Civil Veterinary Department Bengal reports 1933-51 - 1933-1951
Year: 1933
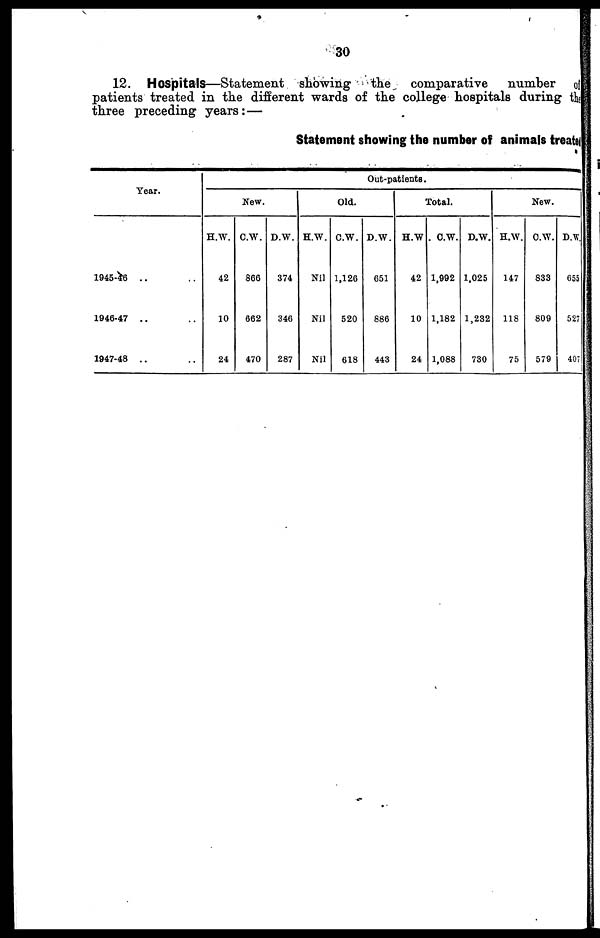
30
12. Hospitals—Statement showing
the
comparative
number of
patients treated in the different wards of the college hospitals during the
three preceding years :—
Statement showing the number of animals treater
Year.
1945-46 .. ..
1946-47 .. ..
1947-48 .. ..
Out-patients.
New.
H. W.
42
10
24
C.W.
866
662
470
D.W.
374
346
287
Old.
H.W.
Nil
Nil
Nil
C.W.
1,126
520
618
D.W.
651
886
443
Total.
H.W
42
10
24
C.W.
1,992
1,182
1,088
D.W.
1,025
1,232
730
New.
H.W.
147
118
75
C.W.
833
809
579
D.W.
055
527
407